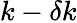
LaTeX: k-\delta k